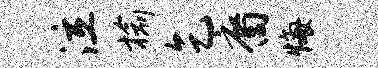
泣榆乞裔悔